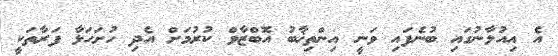
އެ އިއުލާނުގައި ބުނެފައި ވަނީ އިންތިޚާބު އޮބްޒާވް ކުރުމަށް އެދި ހުށަހަޅާ ފަރާތަކީ